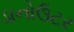
ડાનોઉટર